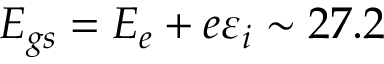
E _ { g s } = E _ { e } + e \varepsilon _ { i } \sim 2 7 . 2